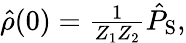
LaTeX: \begin{array}{r}{\hat{\rho}(0)=\frac{1}{Z_{1}Z_{2}}\hat{P}_{\mathrm{S}},}\end{array}